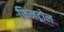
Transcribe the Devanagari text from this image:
फिनट्रोल